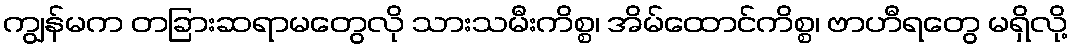
ကျွန်မက တခြားဆရာမတွေလို သားသမီးကိစ္စ၊ အိမ်ထောင်ကိစ္စ၊ ဗာဟီရတွေ မရှိလို့